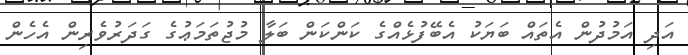
އަދި އަމުދުން އެތައް ބަޔަކު އެބޭފުޅެއްގެ ކަންކަން ބަލާ މުޖުތަމަޢުގެ ގަދަރުވެރިން އެހެން